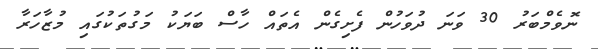
ނޮވެމްބަރު 30 ވަނަ ދުވަހުން ފެށިގެން އެތައް ހާސް ބަޔަކު މަގުތަކުގައި މުޒާހަރާ